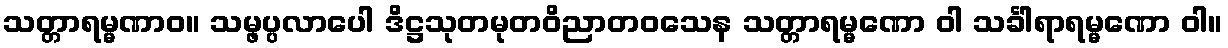
သတ္တာရမ္မဏာဝ။ သမ္ဖပ္ပလာပေါ ဒိဋ္ဌသုတမုတဝိညာတဝသေန သတ္တာရမ္မဏော ဝါ သင်္ခါရာရမ္မဏော ဝါ။